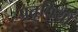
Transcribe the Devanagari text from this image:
प्रतृत्तियाँ